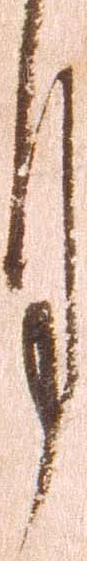
月